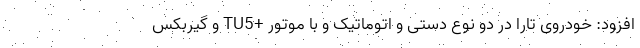
افزود: خودروی تارا در دو نوع دستی و اتوماتیک و با موتور +TU5 و گیربکس